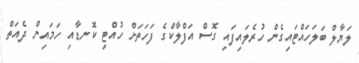
ލަޔާލް ބަލަހައްޓައިގެން ހުރެލައިފައި ގޮސް އަފްލާކްގެ ފަހަތަށް ހުއްޓި ކޮނޑާއި ހަމައިން ދެއަތް